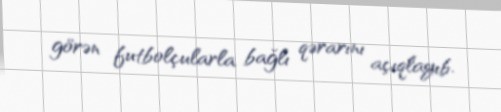
görən futbolçularla bağlı qərarını açıqlayıb.